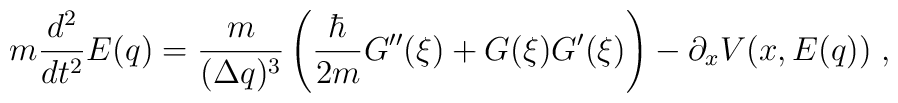
m\frac{d^{2}}{dt^{2}}E(q) = \frac{m}{{(\Delta q)^{3}}}\left(\frac{\hbar}{2m}G''(\xi) + G(\xi)G'(\xi) \right) - \partial_{x}V(x,E(q)) \; ,